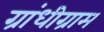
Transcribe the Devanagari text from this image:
ग्रांधीग्राम